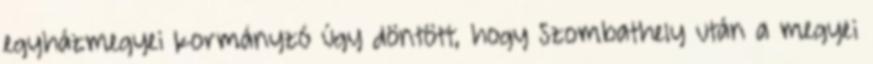
egyházmegyei kormányzó úgy döntött, hogy Szombathely után a megyei